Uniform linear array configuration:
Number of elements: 12
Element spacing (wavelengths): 0.75
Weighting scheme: cosine
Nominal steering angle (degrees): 0
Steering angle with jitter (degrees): -1.425
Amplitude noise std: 0.05
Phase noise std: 0.05

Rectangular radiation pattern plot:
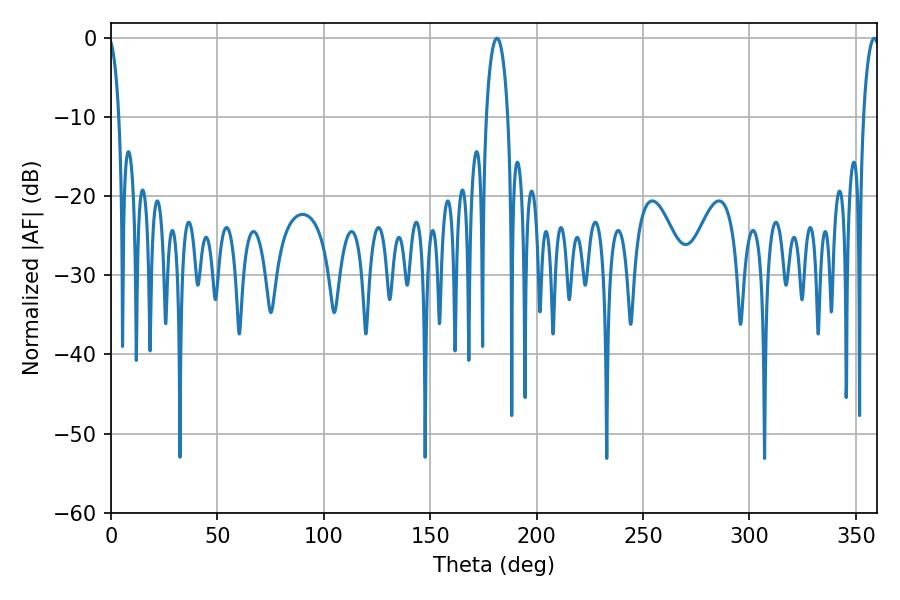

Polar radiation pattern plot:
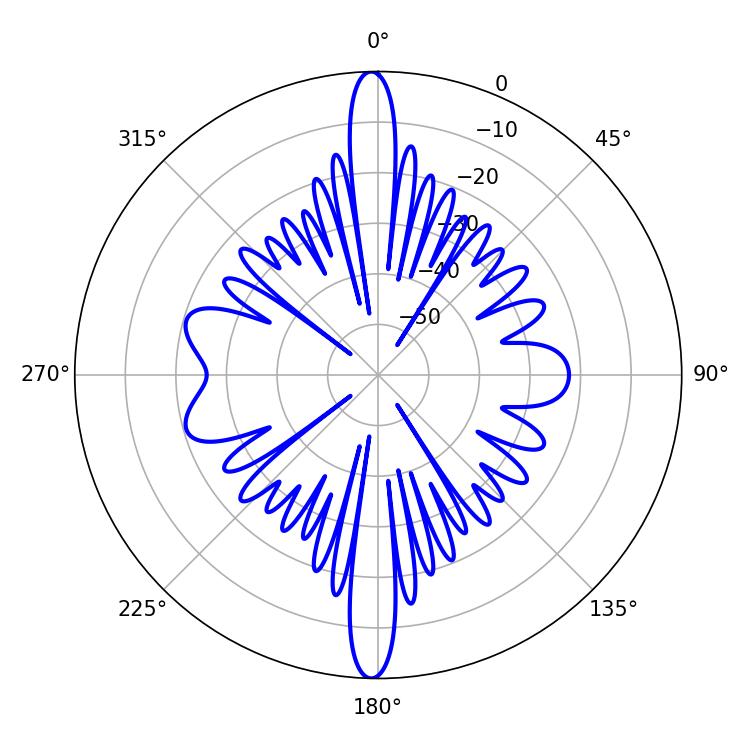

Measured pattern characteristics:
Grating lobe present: TRUE
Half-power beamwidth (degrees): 5.94
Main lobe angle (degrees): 181.26